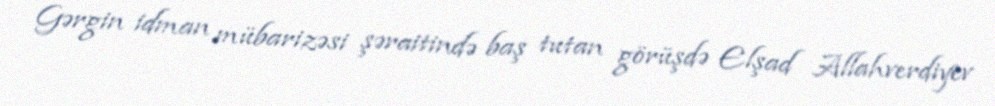
Gərgin idman mübarizəsi şəraitində baş tutan görüşdə Elşad Allahverdiyev